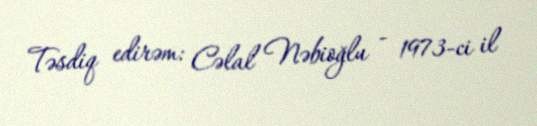
Təsdiq edirəm: Cəlal Nəbioğlu - 1973-ci il